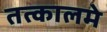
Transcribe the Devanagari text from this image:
तत्कालमे